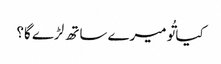
کیا تُو میرے ساتھ لڑے گا؟